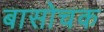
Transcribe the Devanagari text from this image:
बासोचक